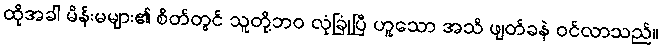
ထိုအခါ မိန်းမများ၏ စိတ်တွင် သူတို့ဘဝ လုံခြုံပြီ ဟူသော အသိ ဖျတ်ခနဲ ဝင်လာသည်။